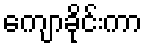
ကျောခိုင်းကာ